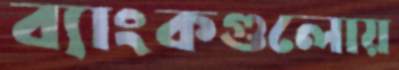
ব্যাংকগুলোয়